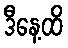
ဒီနေ့ထိ